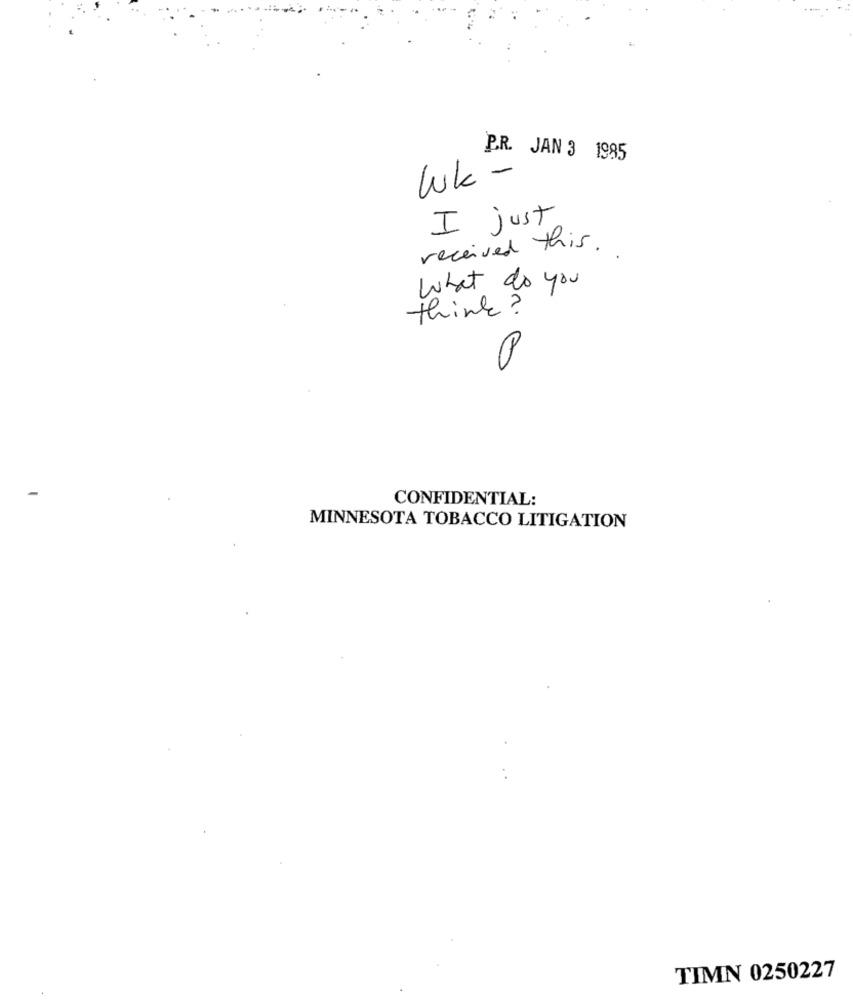
P.R. JAN 3 1985
Wk-
I just
received this.
What do you
think?
CONFIDENTIAL:
MINNESOTA TOBACCO LITIGATION
TIMN 0250227